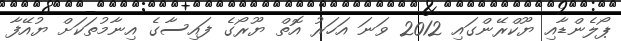
ޕޯލެންޑާއި ޔޫކްރޭންގައި 2012 ވަނަ އަހަރު އޮތް ޔޫރޯގެ ފައިސާގެ އިނާމުތަކަށް ޔުއޭފާ